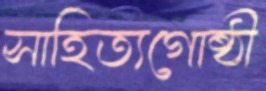
সাহিত্যগোষ্ঠী